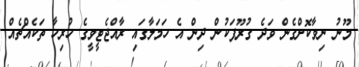
މޫނު ނިވާކޮށްގެން ވަދެ ގުރޫޕަކުން ދިން އެ ހަމަލާގައި ރާއްޖެޓީވީގެ ހުރިހާ ތަކެއްޗެއް